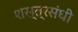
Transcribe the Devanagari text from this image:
शस्त्रसंधी